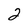
Character: 2